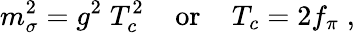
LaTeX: m_{\sigma}^{2}=g^{2}\; T_{c}^{2}\; \; \; \; \mathrm{or}\; \; \; \; T_{c}=2f_{\pi}\; ,